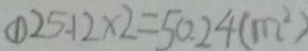
\textcircled { 1 } 2 5 . 1 2 \times 2 = 5 0 . 2 4 ( m ^ { 2 } )